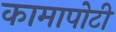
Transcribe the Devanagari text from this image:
कामापोटी